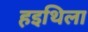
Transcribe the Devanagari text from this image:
हइथिला